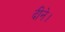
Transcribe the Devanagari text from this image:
दीने।